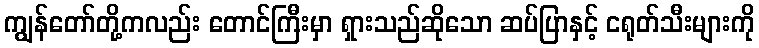
ကျွန်တော်တို့ကလည်း တောင်ကြီးမှာ ရှားသည်ဆိုသော ဆပ်ပြာနှင့် ငရုတ်သီးများကို